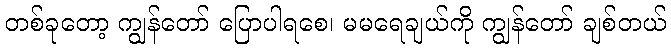
တစ်ခုတော့ ကျွန်တော် ပြောပါရစေ၊ မမရေချယ်ကို ကျွန်တော် ချစ်တယ်